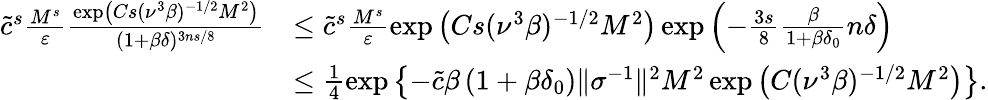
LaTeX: \begin{array}{rl}{\tilde{c}^{s}\frac{M^{s}}{\varepsilon}\frac{\exp\left(Cs(\nu^{3}\beta)^{-1/2}M^{2}\right)}{(1+\beta\delta)^{3ns/8}}}&{\leq\tilde{c}^{s}\frac{M^{s}}{\varepsilon}\exp\left(Cs(\nu^{3}\beta)^{-1/2}M^{2}\right)\exp\left(-\frac{3s}{8}\frac{\beta}{1+\beta\delta_{0}}n\delta\right)}\\ &{\leq\frac{1}{4}\exp\left\{ -\tilde{c}\beta\left(1+\beta\delta_{0}\right)\| \sigma^{-1}\| ^{2}M^{2}\exp\left(C(\nu^{3}\beta)^{-1/2}M^{2}\right)\right\} .}\end{array}